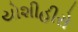
યોશીહીરો